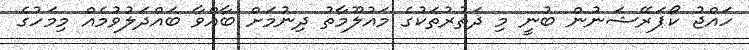
ހައްޖު ކޯޕަރޭޝަނުން ބުނީ މި ދަތުރުތަކުގެ މައުލޫމާތު ދިނުމަށް ބާއްވާ ބައްދަލުވުމެއް މިމަހުގެ